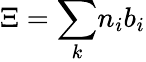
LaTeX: \Xi={\sum_{k}}n_{i}{b}_{i}